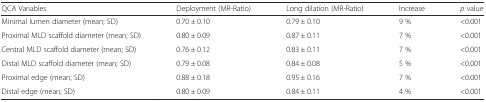
| QCA Variables | Deployment (MR-Ratio) | Long dilation (MR-Ratio) | Increase | p value |
 | --- | --- | --- | --- | --- |
 | Minimal lumen diameter (mean; SD) | 0.70 ± 0.10 | 0.79 ± 0.10 | 9 % | <0.001 |
 | Proximal MLD scaffold diameter (mean; SD) | 0.80 ± 0.09 | 0.87 ± 0.11 | 7 % | <0.001 |
 | Central MLD scaffold diameter (mean; SD) | 0.76 ± 0.12 | 0.83 ± 0.11 | 7 % | <0.001 |
 | Distal MLD scaffold diameter (mean; SD) | 0.79 ± 0.08 | 0.84 ± 0.08 | 5 % | <0.001 |
 | Proximal edge (mean; SD) | 0.88 ± 0.18 | 0.95 ± 0.16 | 7 % | <0.001 |
 | Distal edge (mean; SD) | 0.80 ± 0.09 | 0.84 ± 0.11 | 4 % | <0.001 |